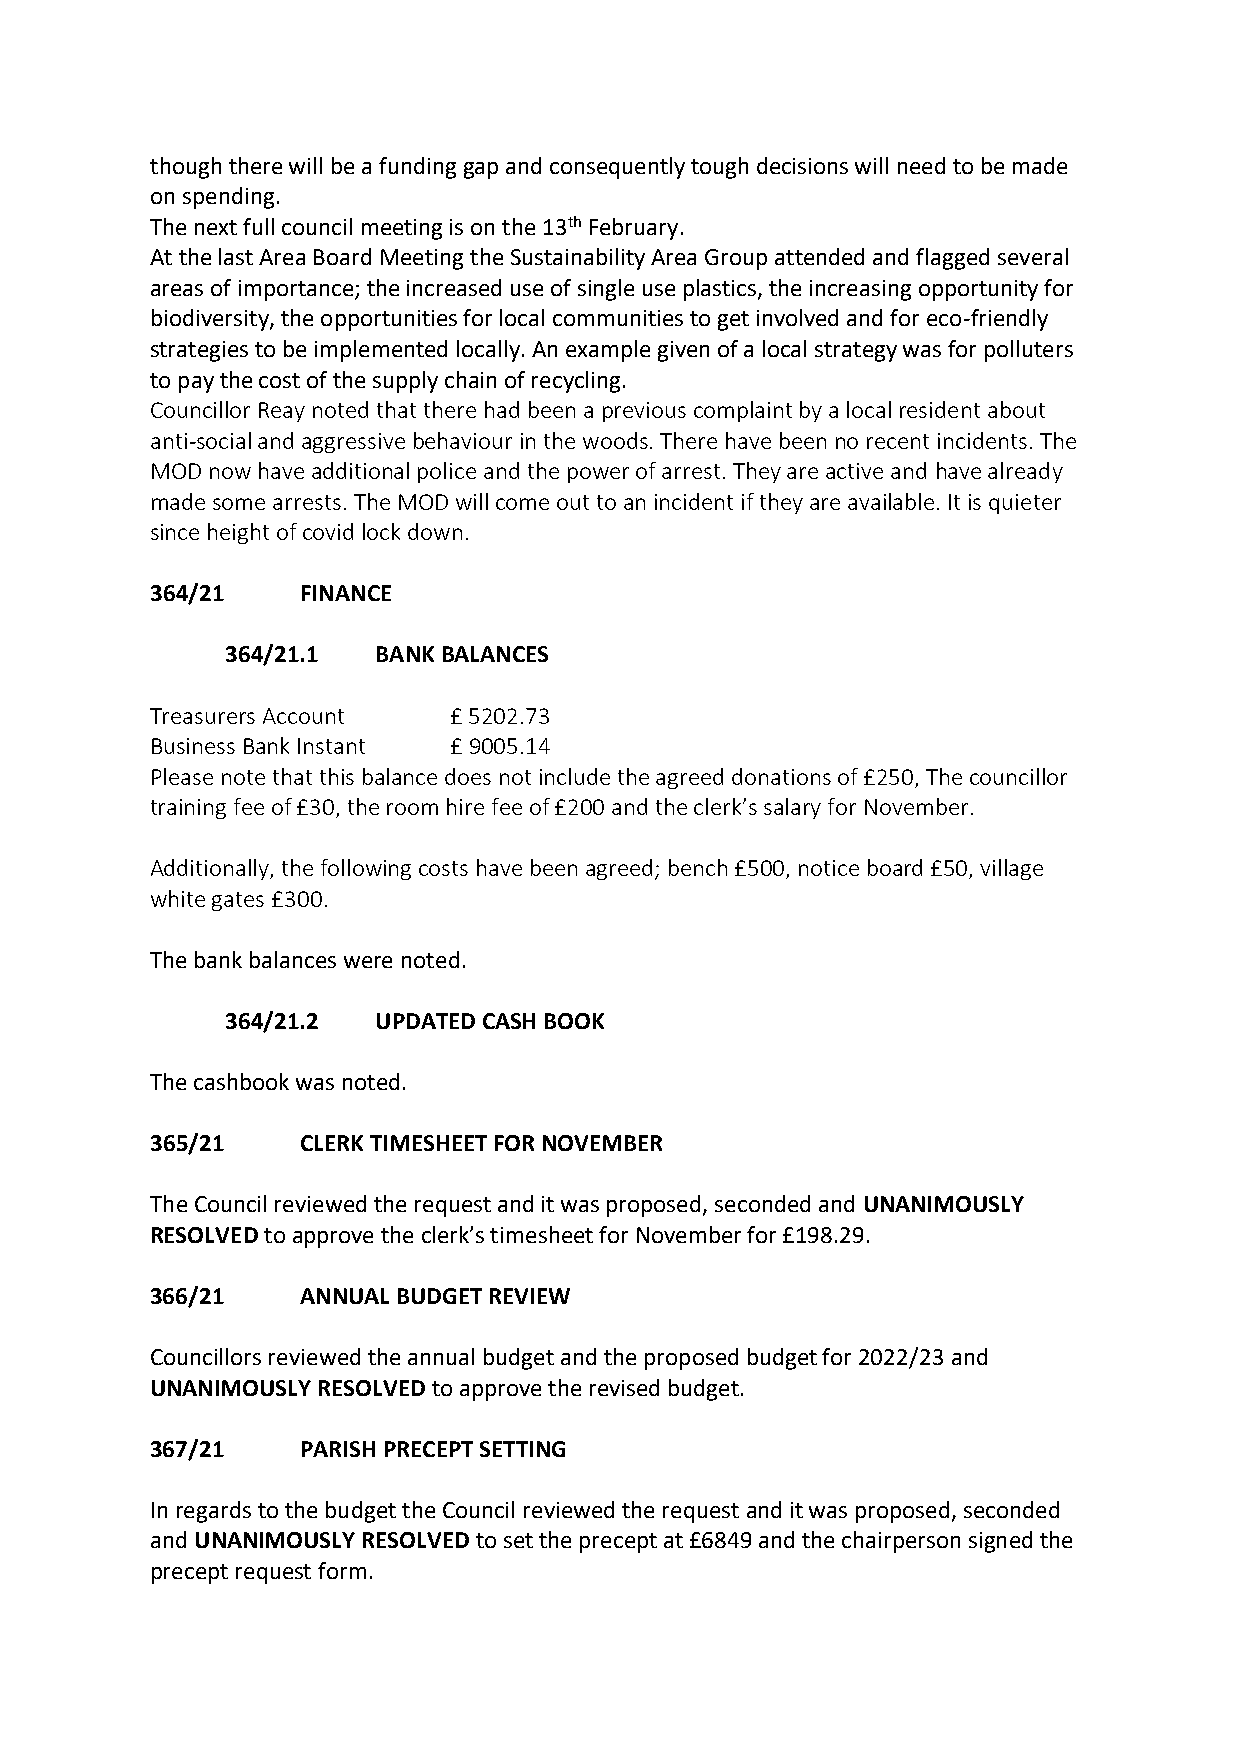
though there will be a funding gap and consequently tough decisions will need to be made
 on spending.
 The next full council meeting is on the 13th February.
 At the last Area Board Meeting the Sustainability Area Group attended and flagged several
 areas of importance; the increased use of single use plastics, the increasing opportunity for
 biodiversity, the opportunities for local communities to get involved and for eco-friendly
 strategies to be implemented locally. An example given of a local strategy was for polluters
 to pay the cost of the supply chain of recycling.
 Councillor Reay noted that there had been a previous complaint by a local resident about
 anti-social and aggressive behaviour in the woods. There have been no recent incidents. The
 MOD now have additional police and the power of arrest. They are active and have already
 made some arrests. The MOD will come out to an incident if they are available. It is quieter
 since height of covid lock down.
 364/21    FINANCE
 364/21.1  BANK BALANCES
 Treasurers Account  £ 5202.73
 Business Bank Instant £ 9005.14
 Please note that this balance does not include the agreed donations of £250, The councillor
 training fee of £30, the room hire fee of £200 and the clerk’s salary for November.
 Additionally, the following costs have been agreed; bench £500, notice board £50, village
 white gates £300.
 The bank balances were noted.
 364/21.2  UPDATED CASH BOOK
 The cashbook was noted.
 365/21    CLERK TIMESHEET FOR NOVEMBER
 The Council reviewed the request and it was proposed, seconded and UNANIMOUSLY
 RESOLVED to approve the clerk’s timesheet for November for £198.29.
 366/21    ANNUAL BUDGET REVIEW
 Councillors reviewed the annual budget and the proposed budget for 2022/23 and
 UNANIMOUSLY RESOLVED to approve the revised budget.
 367/21    PARISH PRECEPT SETTING
 In regards to the budget the Council reviewed the request and it was proposed, seconded
 and UNANIMOUSLY RESOLVED to set the precept at £6849 and the chairperson signed the
 precept request form.